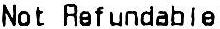
NOT REFUNDABLE